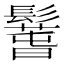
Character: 𩯐